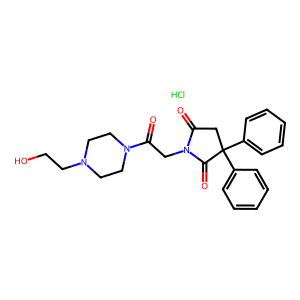
SMILES: Cl.O=C(CN1C(=O)CC(c2ccccc2)(c2ccccc2)C1=O)N1CCN(CCO)CC1
Inhibits HIV replication: No